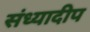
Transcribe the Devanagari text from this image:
संध्यादीप